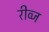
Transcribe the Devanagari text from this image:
रीव्ज